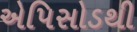
એપિસોડથી